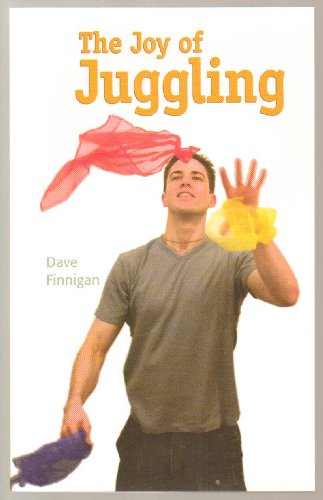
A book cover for The Joy of Juggling - by Dave Finnigan - Mud Puddle Books 2010 Edition; DAVE FINNEGAN; Sports & Outdoors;